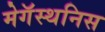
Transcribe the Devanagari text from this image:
मेगॅस्थनिस